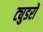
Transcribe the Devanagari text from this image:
ट्युडरों